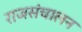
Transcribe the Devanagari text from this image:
राजसंचालन